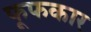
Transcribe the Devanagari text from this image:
फूफकार